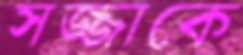
সজ্জাকে